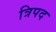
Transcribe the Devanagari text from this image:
त्रिपद